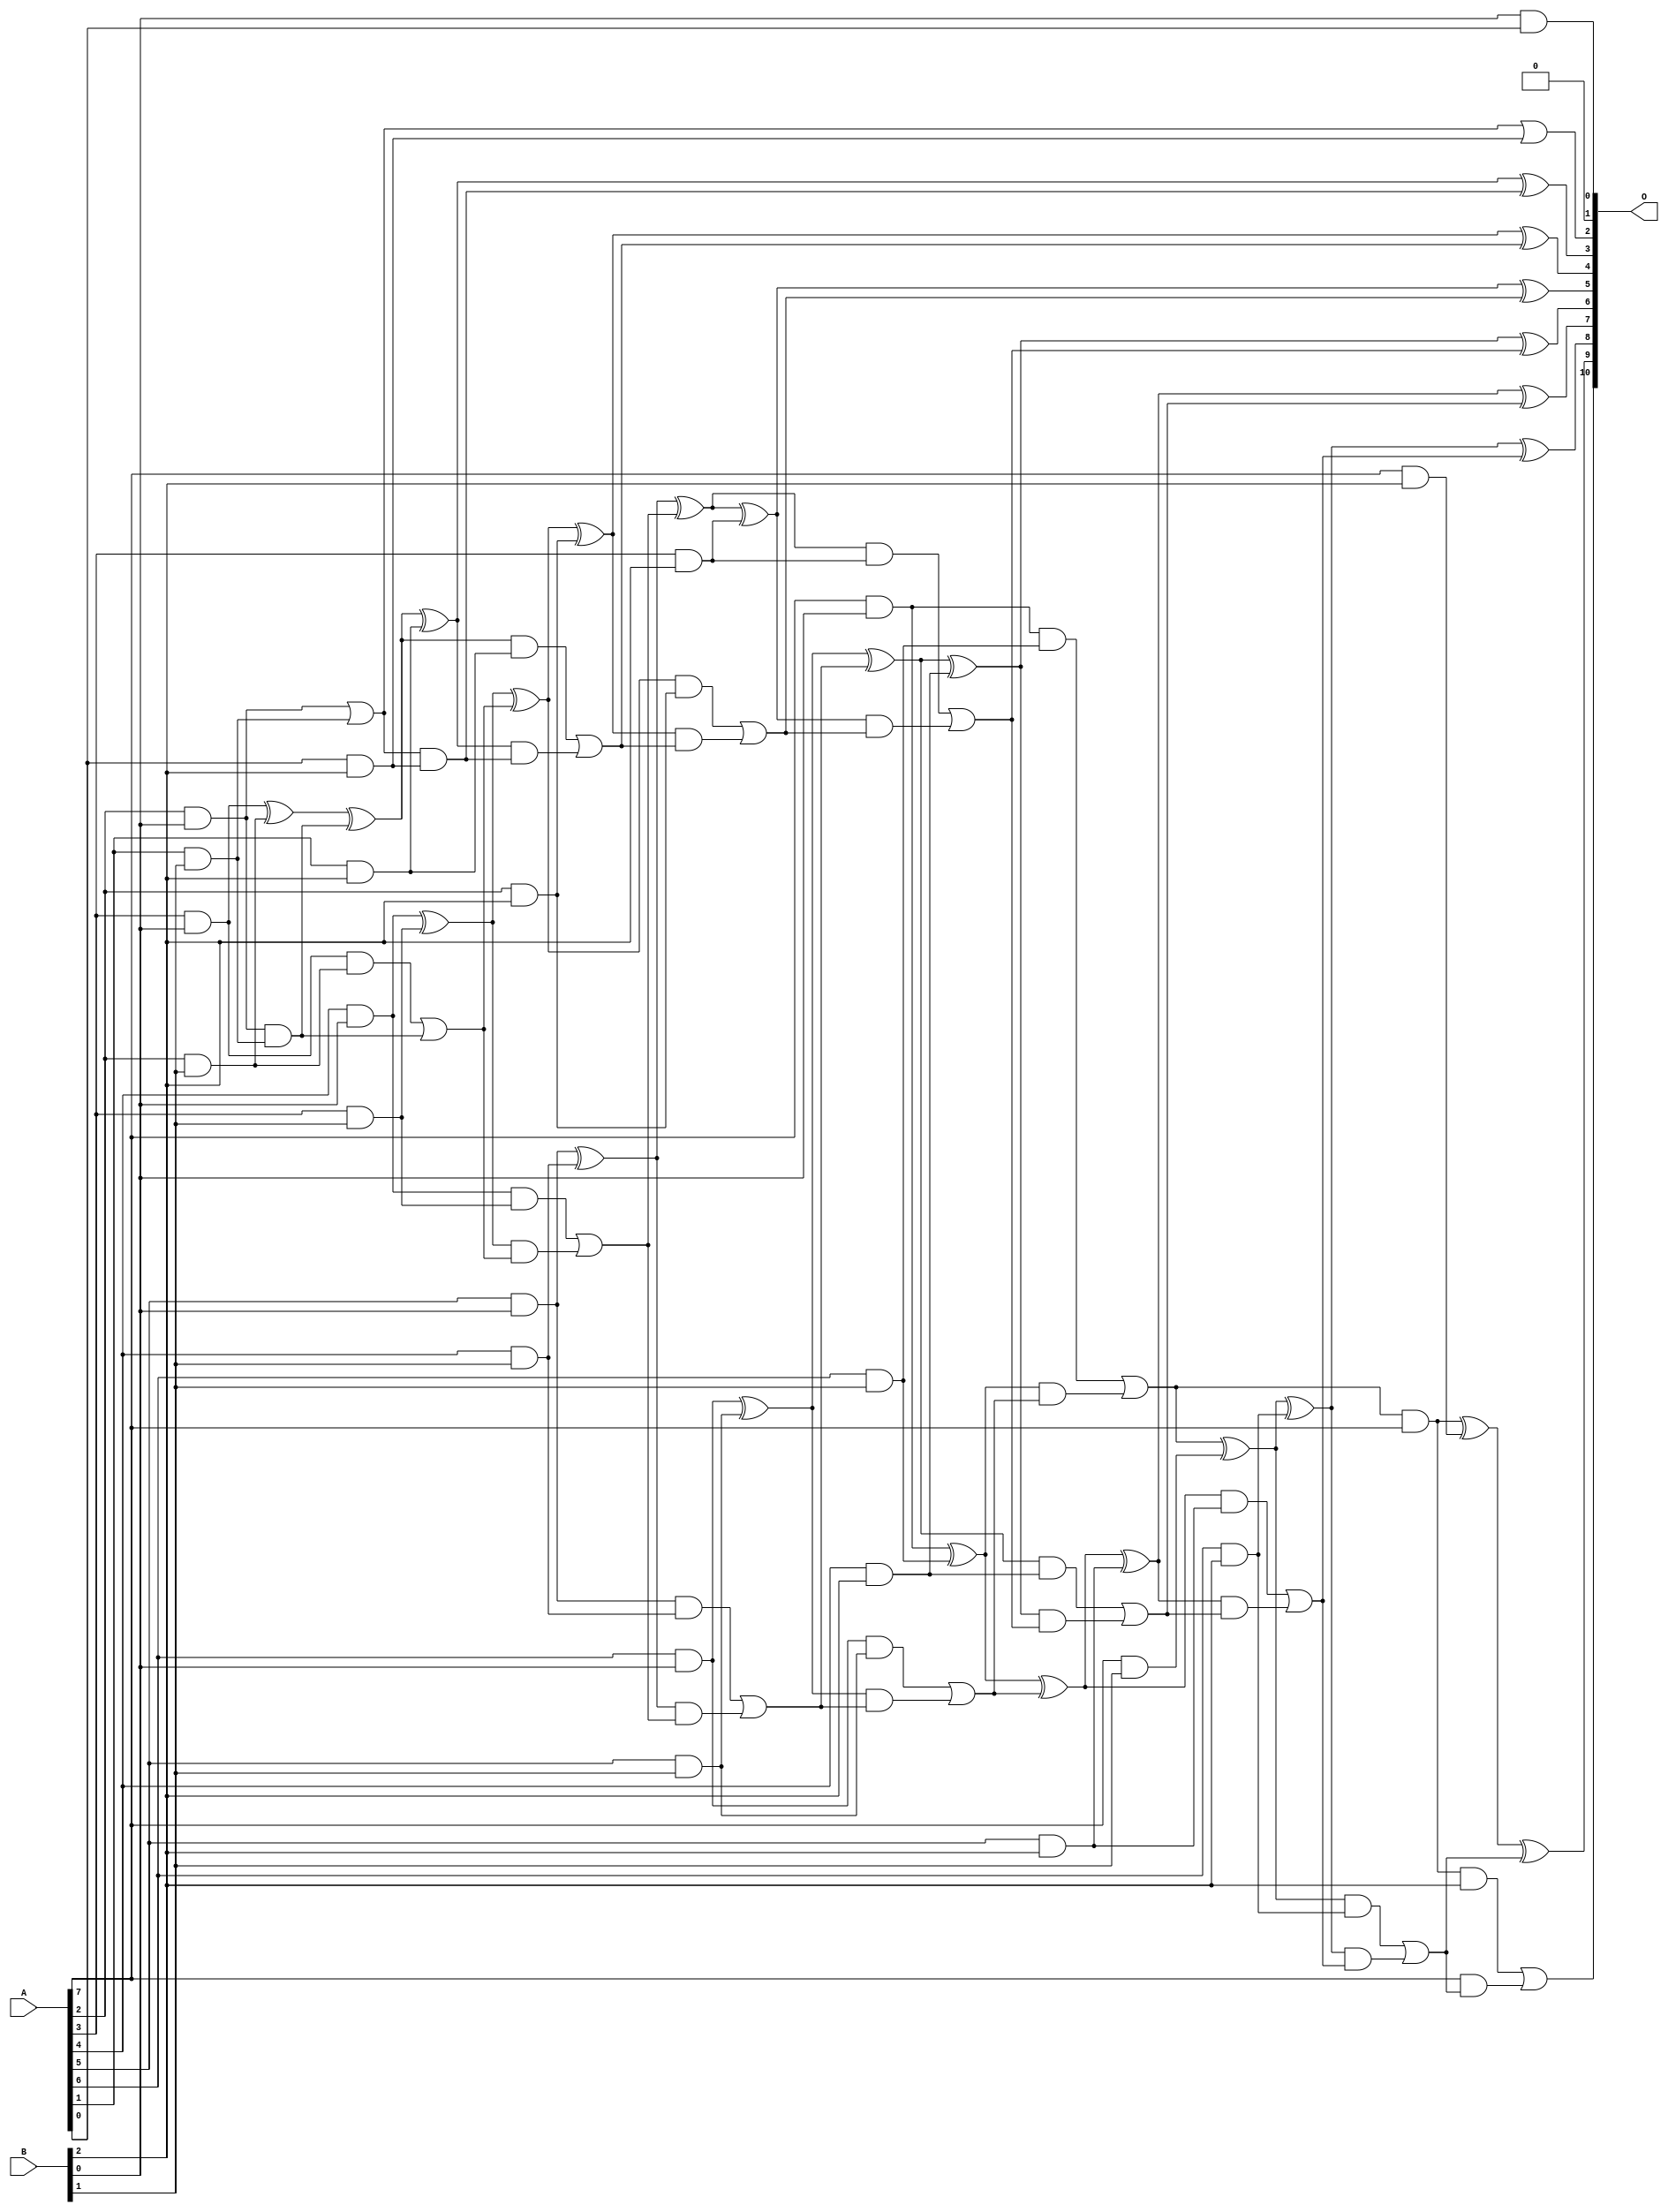
/***
* This code is a part of EvoApproxLib library (ehw.fit.vutbr.cz/approxlib) distributed under The MIT License.
* When used, please cite the following article(s): V. Mrazek, L. Sekanina, Z. Vasicek "Libraries of Approximate Circuits: Automated Design and Application in CNN Accelerators" IEEE Journal on Emerging and Selected Topics in Circuits and Systems, Vol 10, No 4, 2020 
* This file contains a circuit from a sub-set of pareto optimal circuits with respect to the pwr and ep parameters
***/
// MAE% = 0.046 %
// MAE = 0.94 
// WCE% = 0.20 %
// WCE = 4.0 
// WCRE% = 100.00 %
// EP% = 42.19 %
// MRE% = 0.93 %
// MSE = 2.2 
// PDK45_PWR = 0.074 mW
// PDK45_AREA = 219.6 um2
// PDK45_DELAY = 0.83 ns

module mul8x3u_109 (
    A,
    B,
    O
);

input [7:0] A;
input [2:0] B;
output [10:0] O;

wire sig_13,sig_14,sig_15,sig_16,sig_17,sig_18,sig_20,sig_21,sig_22,sig_23,sig_24,sig_25,sig_26,sig_27,sig_29,sig_30,sig_34,sig_35,sig_37,sig_38;
wire sig_39,sig_40,sig_41,sig_42,sig_43,sig_44,sig_45,sig_46,sig_47,sig_48,sig_49,sig_50,sig_51,sig_52,sig_53,sig_54,sig_55,sig_56,sig_57,sig_58;
wire sig_59,sig_60,sig_61,sig_62,sig_63,sig_64,sig_65,sig_66,sig_67,sig_68,sig_69,sig_70,sig_71,sig_72,sig_73,sig_74,sig_75,sig_76,sig_77,sig_78;
wire sig_79,sig_80,sig_81,sig_82,sig_83,sig_84,sig_85,sig_86,sig_87,sig_88,sig_89,sig_90,sig_91,sig_92,sig_93,sig_94,sig_95,sig_96,sig_97,sig_98;
wire sig_99,sig_100,sig_101,sig_102,sig_103,sig_104,sig_105;

assign sig_13 = A[2] & B[0];
assign sig_14 = A[3] & B[0];
assign sig_15 = A[4] & B[0];
assign sig_16 = A[5] & B[0];
assign sig_17 = A[6] & B[0];
assign sig_18 = A[7] & B[0];
assign sig_20 = A[1] & B[1];
assign sig_21 = A[2] & B[1];
assign sig_22 = A[3] & B[1];
assign sig_23 = A[4] & B[1];
assign sig_24 = A[5] & B[1];
assign sig_25 = A[6] & B[1];
assign sig_26 = A[7] & B[1];
assign sig_27 = B[0] & A[0];
assign sig_29 = sig_13 | sig_20;
assign sig_30 = sig_13 & sig_20;
assign sig_34 = sig_14 ^ sig_21;
assign sig_35 = sig_14 & sig_21;
assign sig_37 = sig_34 ^ sig_30;
assign sig_38 = sig_35 | sig_30;
assign sig_39 = sig_15 ^ sig_22;
assign sig_40 = sig_15 & sig_22;
assign sig_41 = sig_39 & sig_38;
assign sig_42 = sig_39 ^ sig_38;
assign sig_43 = sig_40 | sig_41;
assign sig_44 = sig_16 ^ sig_23;
assign sig_45 = sig_16 & sig_23;
assign sig_46 = sig_44 & sig_43;
assign sig_47 = sig_44 ^ sig_43;
assign sig_48 = sig_45 | sig_46;
assign sig_49 = sig_17 ^ sig_24;
assign sig_50 = sig_17 & sig_24;
assign sig_51 = sig_49 & sig_48;
assign sig_52 = sig_49 ^ sig_48;
assign sig_53 = sig_50 | sig_51;
assign sig_54 = sig_18 ^ sig_25;
assign sig_55 = sig_18 & sig_25;
assign sig_56 = sig_54 & sig_53;
assign sig_57 = sig_54 ^ sig_53;
assign sig_58 = sig_55 | sig_56;
assign sig_59 = sig_58 & A[7];
assign sig_60 = sig_58 ^ sig_26;
assign sig_61 = A[0] & B[2];
assign sig_62 = A[1] & B[2];
assign sig_63 = A[2] & B[2];
assign sig_64 = A[3] & B[2];
assign sig_65 = A[4] & B[2];
assign sig_66 = A[5] & B[2];
assign sig_67 = A[6] & B[2];
assign sig_68 = A[7] & B[2];
assign sig_69 = sig_29 & sig_61;
assign sig_70 = sig_29 | sig_61;
assign sig_71 = sig_37 ^ sig_62;
assign sig_72 = sig_37 & sig_62;
assign sig_73 = sig_71 & sig_69;
assign sig_74 = sig_71 ^ sig_69;
assign sig_75 = sig_72 | sig_73;
assign sig_76 = sig_42 ^ sig_63;
assign sig_77 = sig_42 & sig_63;
assign sig_78 = sig_76 & sig_75;
assign sig_79 = sig_76 ^ sig_75;
assign sig_80 = sig_77 | sig_78;
assign sig_81 = sig_47 ^ sig_64;
assign sig_82 = sig_47 & sig_64;
assign sig_83 = sig_81 & sig_80;
assign sig_84 = sig_81 ^ sig_80;
assign sig_85 = sig_82 | sig_83;
assign sig_86 = sig_52 ^ sig_65;
assign sig_87 = sig_52 & sig_65;
assign sig_88 = sig_86 & sig_85;
assign sig_89 = sig_86 ^ sig_85;
assign sig_90 = sig_87 | sig_88;
assign sig_91 = sig_57 ^ sig_66;
assign sig_92 = sig_57 & sig_66;
assign sig_93 = sig_91 & sig_90;
assign sig_94 = sig_91 ^ sig_90;
assign sig_95 = sig_92 | sig_93;
assign sig_96 = sig_60 ^ sig_67;
assign sig_97 = sig_60 & sig_67;
assign sig_98 = sig_96 & sig_95;
assign sig_99 = sig_96 ^ sig_95;
assign sig_100 = sig_97 | sig_98;
assign sig_101 = sig_59 ^ sig_68;
assign sig_102 = sig_59 & B[2];
assign sig_103 = A[7] & sig_100;
assign sig_104 = sig_101 ^ sig_100;
assign sig_105 = sig_102 | sig_103;

assign O[10] = sig_105;
assign O[9] = sig_104;
assign O[8] = sig_99;
assign O[7] = sig_94;
assign O[6] = sig_89;
assign O[5] = sig_84;
assign O[4] = sig_79;
assign O[3] = sig_74;
assign O[2] = sig_70;
assign O[1] = 1'b0;
assign O[0] = sig_27;

endmodule